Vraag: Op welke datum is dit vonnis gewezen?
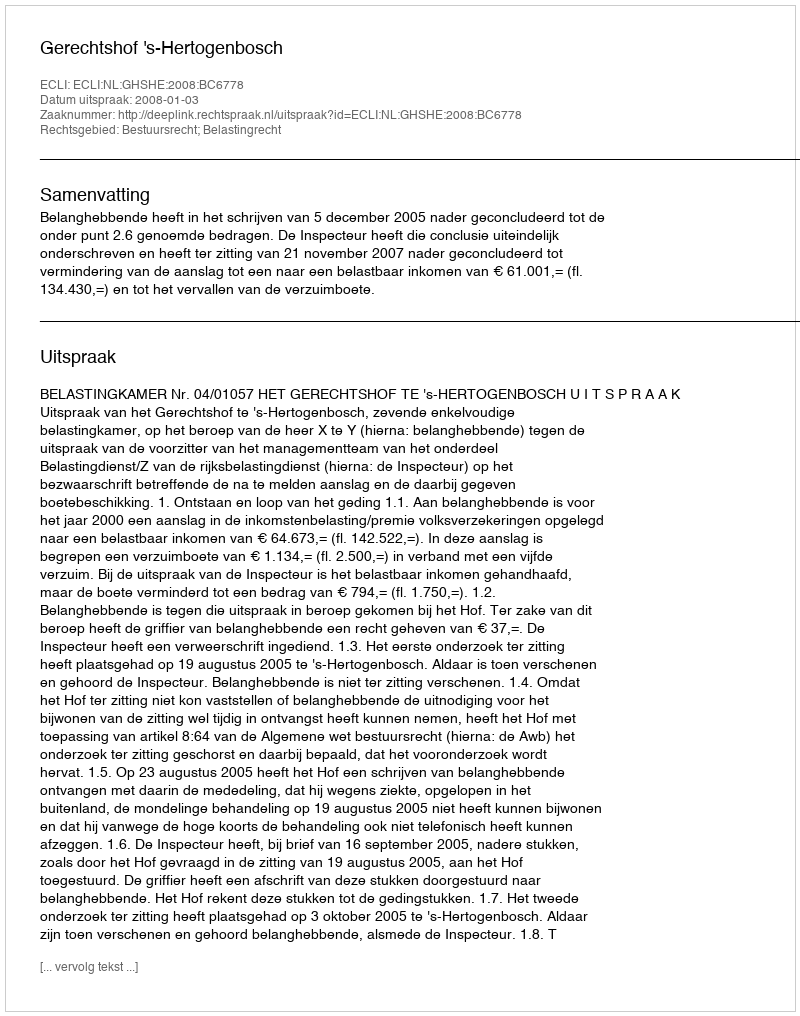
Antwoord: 2008-01-03